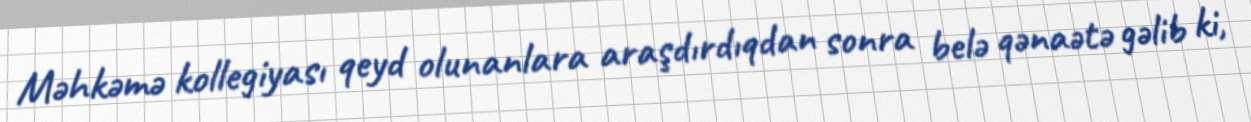
Məhkəmə kollegiyası qeyd olunanlara araşdırdıqdan sonra belə qənaətə gəlib ki,